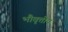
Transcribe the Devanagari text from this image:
भौवृत्तीय